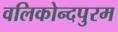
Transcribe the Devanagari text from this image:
वलिकोन्दपुरम